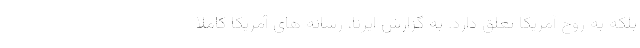
بلکه به روح آمریکا تعلق دارد. به گزارش ایرنا، رسانه های آمریکا کاملا